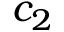
c _ { 2 }